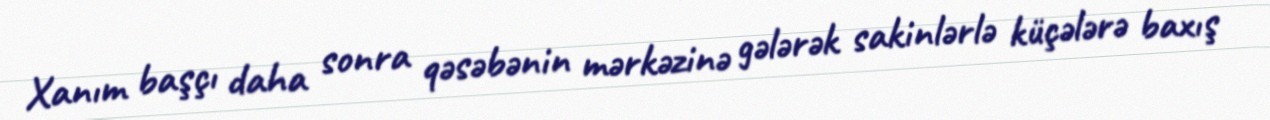
Xanım başçı daha sonra qəsəbənin mərkəzinə gələrək sakinlərlə küçələrə baxış